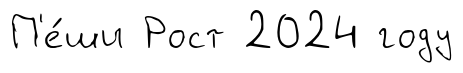
П'е́ши Рост 2024 году